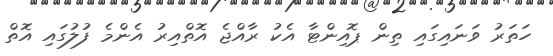
ހަތަރު ވަނައިގައި ތިން ޕޮއިންޓާ އެކު ރާއްޖެ އޮތްއިރު އެންމެ ފުލުގައި އޮތް